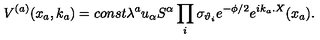
V ^ { ( a ) } ( x _ { a } , k _ { a } ) = c o n s t \lambda ^ { a } u _ { \alpha } S ^ { \alpha } \prod _ { i } \sigma _ { \vartheta _ { i } } e ^ { - \phi / 2 } e ^ { i k _ { a } . X } ( x _ { a } ) .